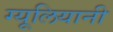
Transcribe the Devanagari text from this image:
ग्यूलियानी